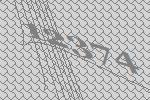
12374